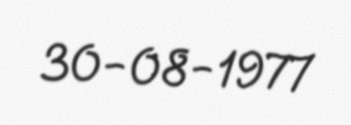
30-08-1977